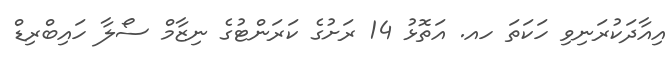
އިއާދަކުރަނިވި ހަކަތަ ހއ. އަތޮޅު 14 ރަށުގެ ކަރަންޓުގެ ނިޒާމް ސޯލާ ހައިބްރިޑް